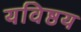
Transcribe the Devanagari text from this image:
यविष्ठय